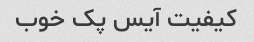
کیفیت آیس پک خوب